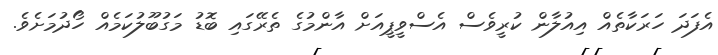
އެފަދަ ހަރަކާތެއް އިއުލާން ކުރީވެސް އެސްވީޕީއަށް އާންމުގެ ތެރޭގައި ބޮޑު މަގުބޫލުކަމެއް ހޯދުމަށެވެ.